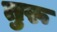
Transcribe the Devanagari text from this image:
तुरू